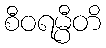
စီဝရမ္ပီတိ